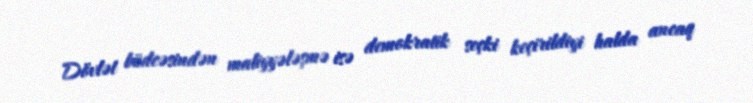
Dövlət büdcəsindən maliyyələşmə isə demokratik seçki keçirildiyi halda ancaq